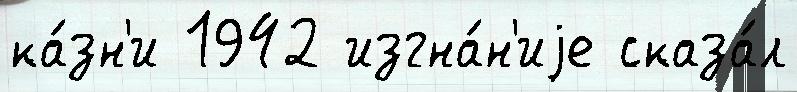
ка́зн'и 1942 изгна́н'иjе сказа́л